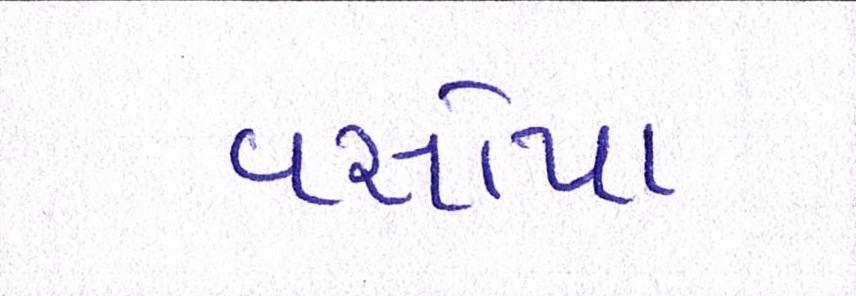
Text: વસોયા